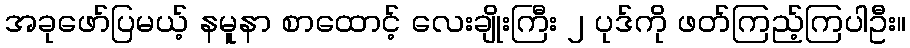
အခုဖော်ပြမယ့် နမူနာ စာထောင့် လေးချိုးကြီး ၂ ပုဒ်ကို ဖတ်ကြည့်ကြပါဦး။